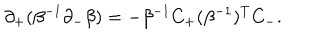
\partial _ { + } ( \beta ^ { - 1 } \partial _ { - } \beta ) = - \beta ^ { - 1 } C _ { + } ( \beta ^ { - 1 } ) ^ { T } C _ { - } .